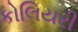
કોલિયરી